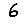
Digit: 6